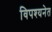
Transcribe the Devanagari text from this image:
विपश्यनेत